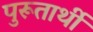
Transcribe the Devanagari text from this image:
पुरूतार्थी